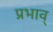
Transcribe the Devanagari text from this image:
प्रभाव्